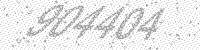
Solution: 904404